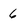
Character: 6